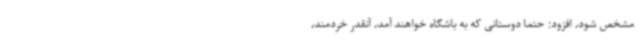
مشخص شود، افزود: حتما دوستانی که به باشگاه خواهند آمد، آنقدر خردمند،